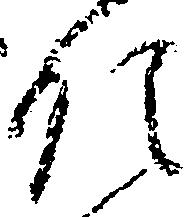
領